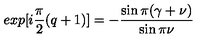
e x p [ i \frac { \pi } { 2 } ( q + 1 ) ] = - \frac { \sin \pi ( \gamma + \nu ) } { \sin \pi \nu }